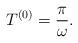
LaTeX: \begin{align*}T^{(0)} = \frac{\pi}{\omega}.\end{align*}